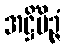
အဋ္ဌိံမိဉ္ဇံ